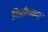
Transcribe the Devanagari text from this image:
निर्माणकार